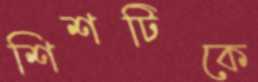
শিশটিকে